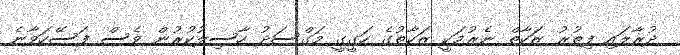
ދުރާލައި ފިތުރު ޒަކާތް ނެރުމަކީ ޒަކާތުގެ ހަގީގީ މަގްސަދު ހާސިލުކުރުން ވެސް ފަސޭހަވާނެ